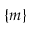
\lbrace m \rbrace